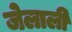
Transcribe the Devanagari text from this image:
जेलाली